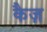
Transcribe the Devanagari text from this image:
कैज़